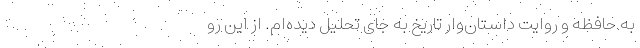
به حافظه و روایت داستان‌وار تاریخ به جای تحلیل دیده‌ام. از این رو